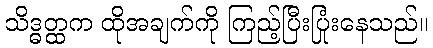
သိဒ္ဓတ္ထက ထိုအချက်ကို ကြည့်ပြီးပြုံးနေသည်။